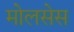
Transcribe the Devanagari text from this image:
मोलसेस